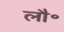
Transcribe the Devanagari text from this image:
लौ॰